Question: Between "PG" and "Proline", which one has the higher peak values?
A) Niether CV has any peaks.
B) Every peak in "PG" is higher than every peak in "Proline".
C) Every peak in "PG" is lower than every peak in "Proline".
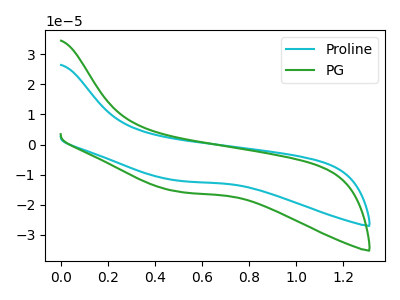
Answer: <think>The cyan curve "Proline" has no peaks. The green curve "PG" has no peaks.</think>
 <answer>A) Niether CV has any peaks.</answer>
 <eval>A</eval>